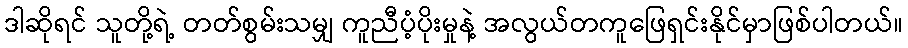
ဒါဆိုရင် သူတို့ရဲ့ တတ်စွမ်းသမျှ ကူညီပံ့ပိုးမှုနဲ့ အလွယ်တကူဖြေရှင်းနိုင်မှာဖြစ်ပါတယ်။